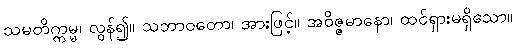
သမတိက္ကမ္မ၊ လွန်၍။ သဘာဝတော၊ အားဖြင့်။ အဝိဇ္ဇမာနော၊ ထင်ရှားမရှိသော။